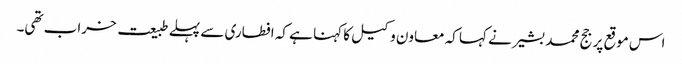
اس موقع پر جج محمد بشیر نے کہا کہ معاون وکیل کا کہنا ہے کہ افطاری سے پہلے طبیعت خراب تھی۔